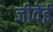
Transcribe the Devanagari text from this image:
जीवेई